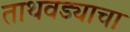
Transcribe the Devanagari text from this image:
ताथवड्याचा